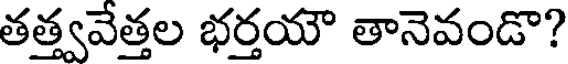
తత్త్వవేత్తల భర్తయౌ తానెవండొ?